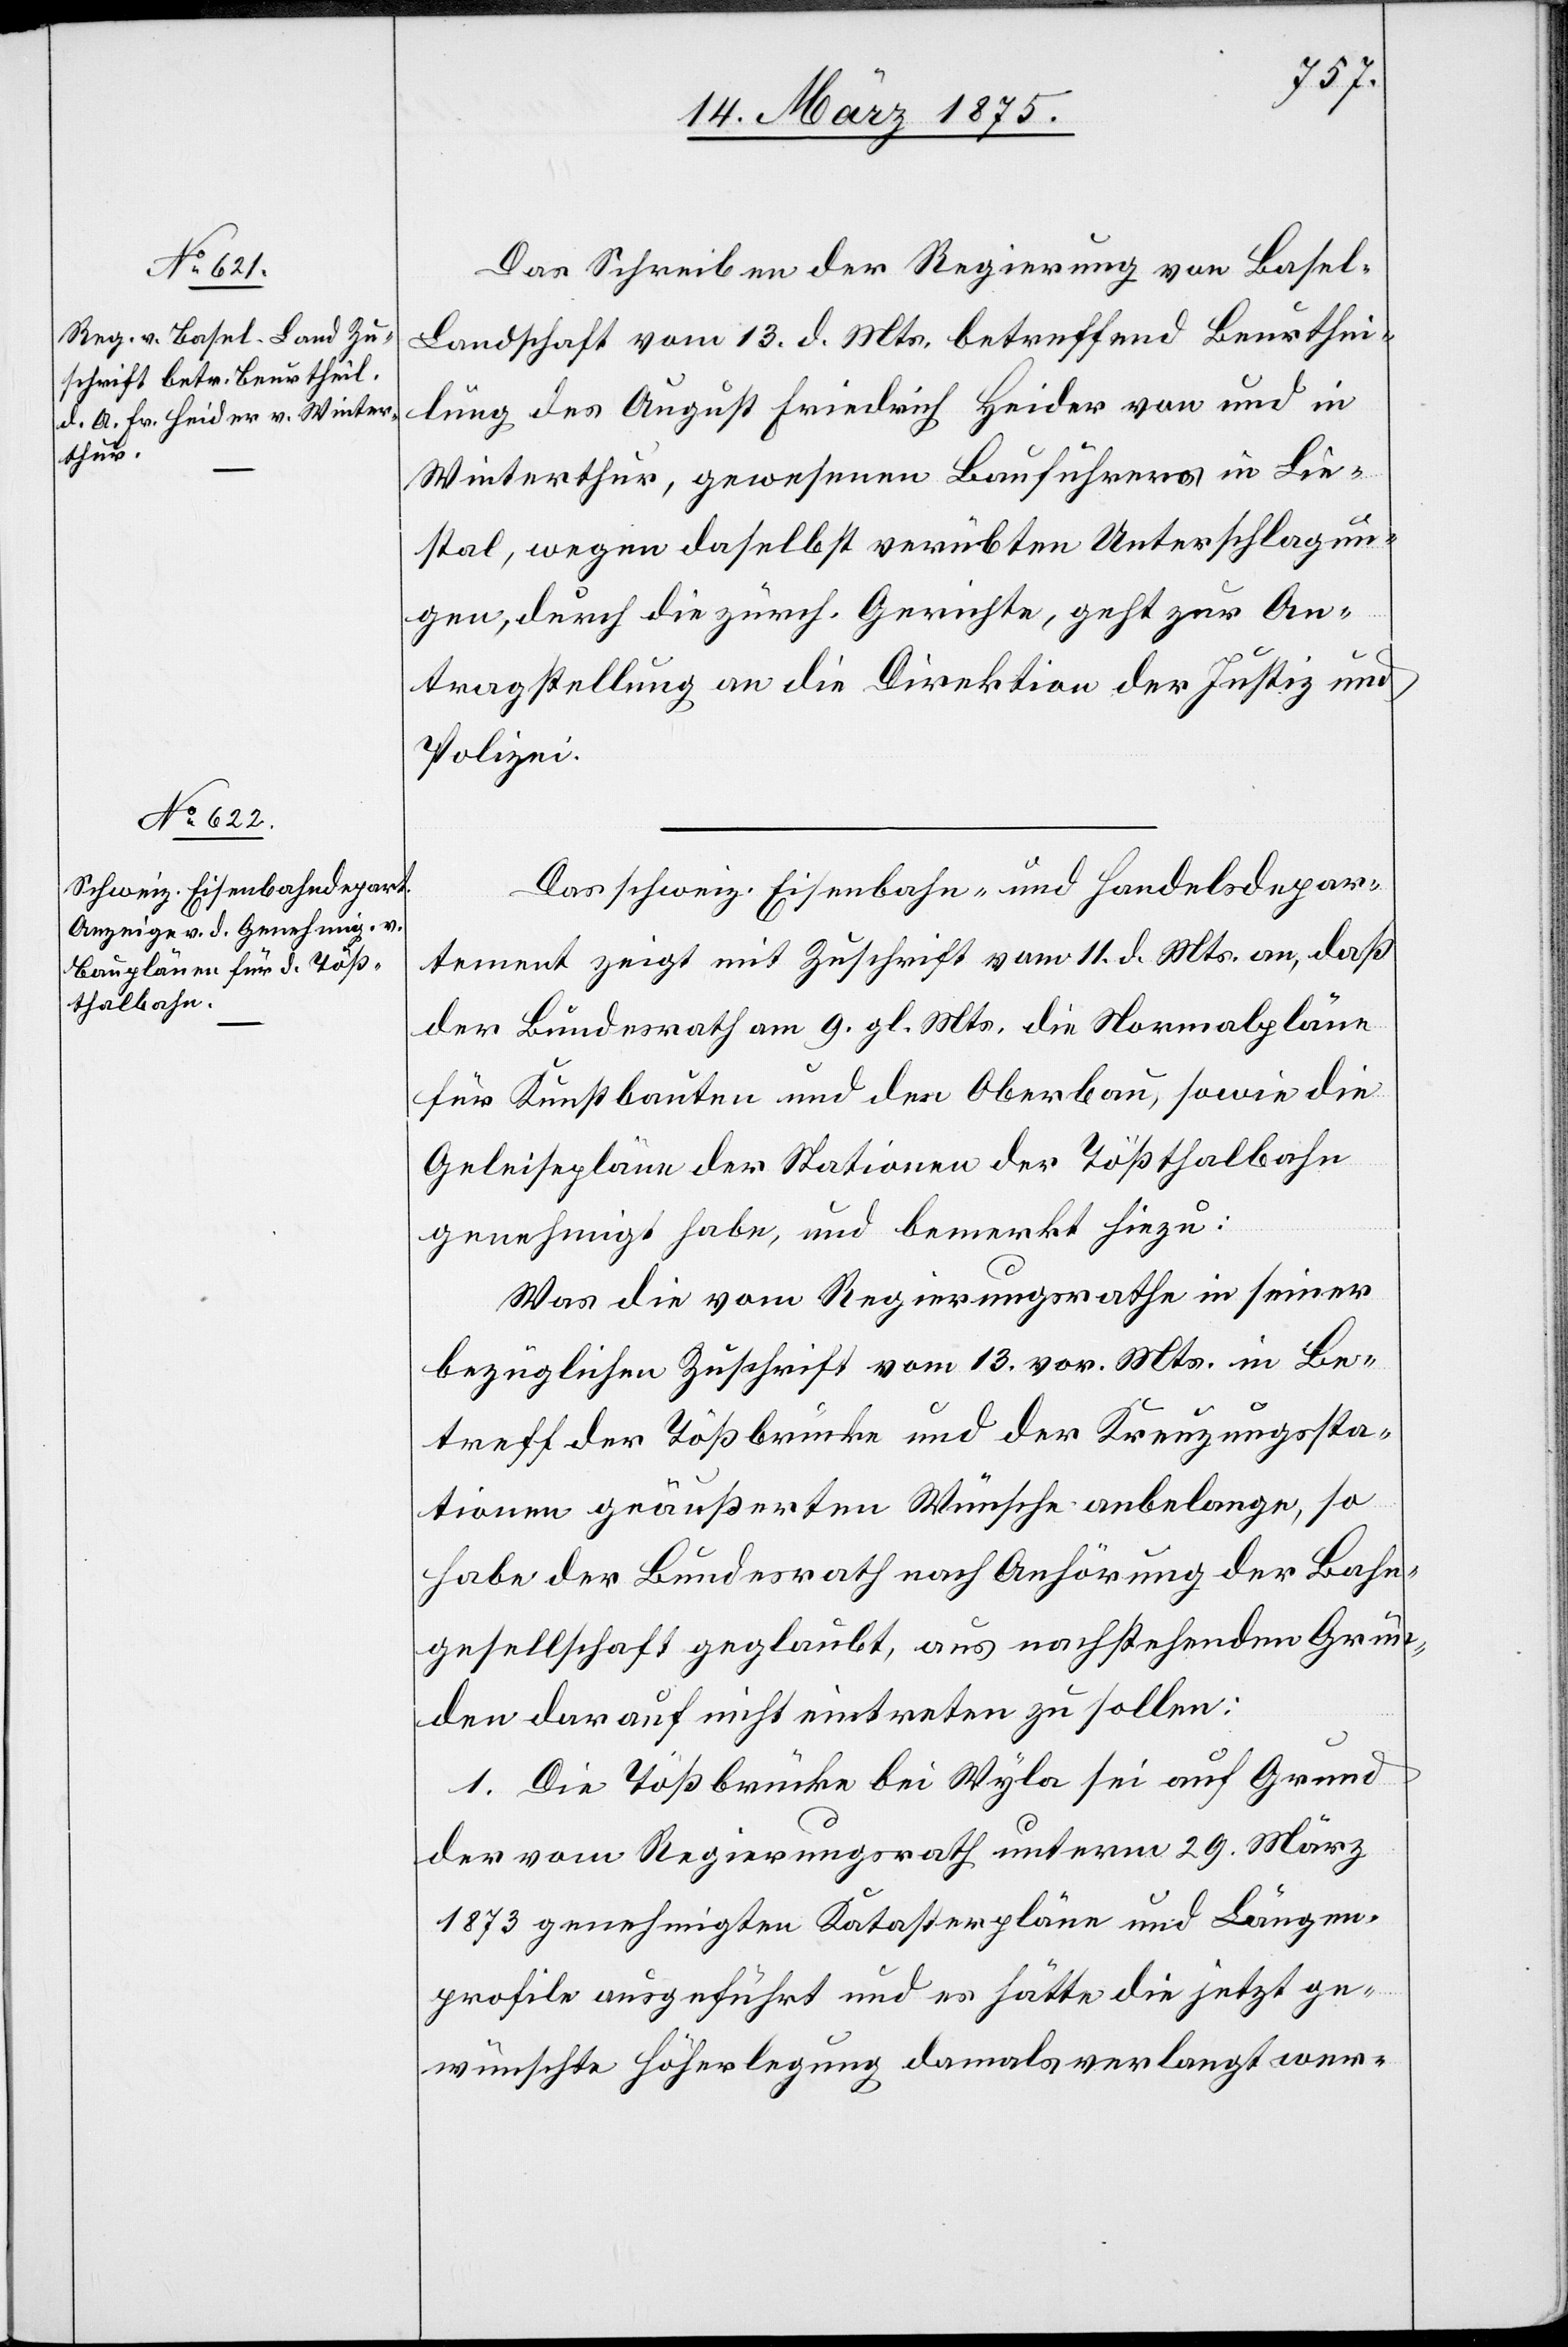
15. März 1875.]
Das Schreiben der Regierung von Base¬
l-Landschaft vom 13. d. Mts. betreffend Beurthei¬
lung des August Friedrich Heider von und in
Winterthur, gewesenen Bauführers in Lie¬
stal, wegen daselbst verübten Unterschlagun¬
gen, durch die zürch. Gerichte, geht zur An¬
tragstellung an die Direktion der Justiz und
Polizei.
Das schweiz. Eisenbahn- und Handelsdepar¬
tement zeigt mit Zuschrift vom 11. d. Mts. an, daß
der Bundesrath am 9. gl. Mts. die Normalpläne
für Kunstbauten und den Oberbau, sowie die
Geleisepläne der Stationen Tößthalbahn
genehmigt habe, und bemerkt hiezu:
Was die vom Regierungsrathe in seiner
bezüglichen Zuschrift vom 13. vor. Mts. in Be¬
treff der Tößbrücke und der Kreuzungssta¬
tionen geäußerten Wünsche anbelange, so
habe der Bundesrath nach Anhörung der Bahn¬
gesellschaft geglaubt, aus nachstehenden Grün¬
den darauf nicht eintreten zu sollen:
1. Die Tößbrücke bei Wyla sei auf Grund
der vom Regierungsrath unterm 29. März
1873 genehmigten Katasterpläne und Längen¬
profile ausgeführt und es hätte die jetzt ge¬
wünschte Höherlegung damals verlangt wer-